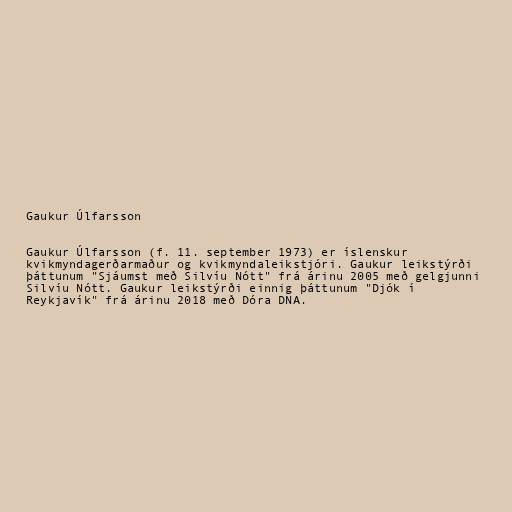
Gaukur Úlfarsson

Gaukur Úlfarsson (f. 11. september 1973) er íslenskur
kvikmyndagerðarmaður og kvikmyndaleikstjóri. Gaukur leikstýrði
þáttunum "Sjáumst með Silvíu Nótt" frá árinu 2005 með gelgjunni
Silvíu Nótt. Gaukur leikstýrði einnig þáttunum "Djók í
Reykjavík" frá árinu 2018 með Dóra DNA.